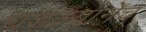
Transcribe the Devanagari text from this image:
घडल्यानेच